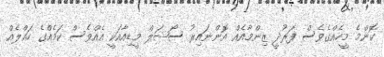
ކޮންމެ މީހެއްގެވެސް ފަރުދީ ޒިންމާއެއް އޮންނައިރު ސޯޝަލް މީޑިއާއަކީ އެއްވެސް ކަމެއްގެ ހައްލެއް